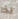
لذا